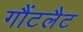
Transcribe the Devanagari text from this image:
गौंटलैट